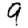
Digit: 9